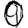
Digit: 0